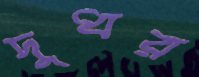
দুধর